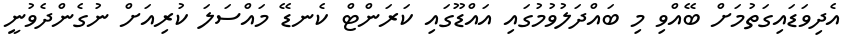
އެދިވަޑައިގަތުމަށް ބޭއްވި މި ބައްދަލުވުމުގައި އައްޑޫގައި ކަރަންޓް ކެނޑޭ މައްސަލަ ކުރިއަށް ނުގެންދެވުނީ